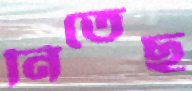
নিতেছ